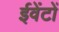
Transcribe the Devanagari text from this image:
ईवेंटों